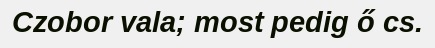
Czobor vala; most pedig ő cs.